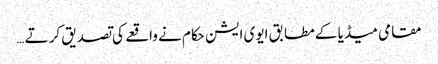
مقامی میڈیا کے مطابق ایوی ایشن حکام نے واقعے کی تصدیق کرتے …